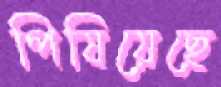
পিষিয়েছে